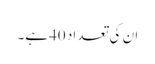
ان کی تعداد 40ہے۔